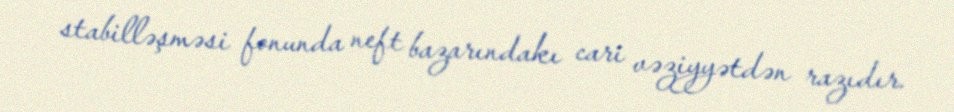
stabilləşməsi fonunda neft bazarındakı cari vəziyyətdən razıdır.